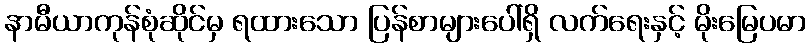
နာမီယာကုန်စုံဆိုင်မှ ရထားသော ပြန်စာများပေါ်ရှိ လက်ရေးနှင့် မိုးမြေပမာ